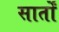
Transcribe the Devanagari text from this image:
सार्तों